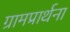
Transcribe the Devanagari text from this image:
ग्रामप्रार्थना